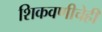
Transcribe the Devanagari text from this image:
शिकवणीचेही